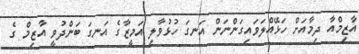
އާޒިމްއާ ދިމާއަށް ހަޅޭއްލަވައިގަންނަން އަނގަ ހުޅުވާލި އަމީޒާގެ އަނގަ ބަންދުވީ އާޒިމް ގެ